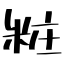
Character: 粧